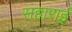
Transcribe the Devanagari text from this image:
सहाराई